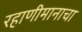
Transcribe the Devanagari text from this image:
रहाणीमानाचा